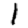
Digit: 1